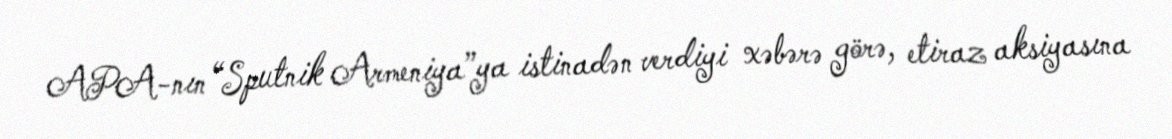
APA-nın “Sputnik Armeniya”ya istinadən verdiyi xəbərə görə, etiraz aksiyasına